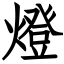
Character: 燈